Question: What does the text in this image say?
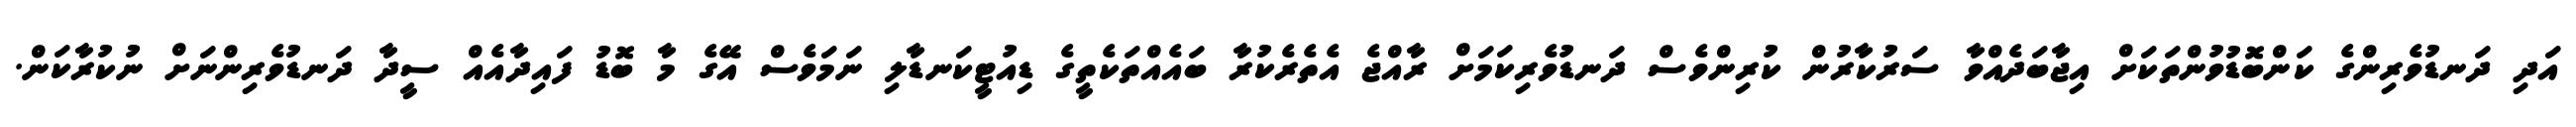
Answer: އަދި ދަނޑުވެރިންގެ ކަންބޮޑުވުންތަކަށް އިޖާބަދެއްވާ ސަރުކާރުން ކުރިންވެސް ދަނޑުވެރިކަމަށް ރާއްޖެ އެތެރެކުރާ ބައެއްތަކެތީގެ ޑިއުޓީކަނޑާލި ނަމަވެސް އޭގެ މާ ބޮޑު ފައިދާއެއް ސީދާ ދަނޑުވެރިންނަށް ނުކުރާކަން.